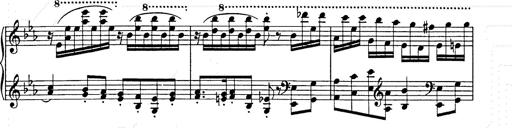
Title: Hungarian Rhapsody No.9
Composer: Franz Liszt
Key: E-flat major